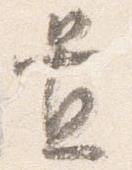
置